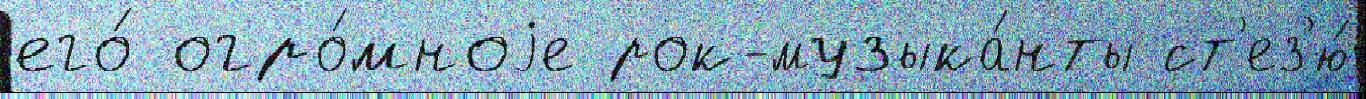
его́ огро́мноjе рок-музыка́нты ст'ез'ю́